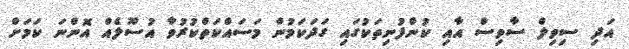
އަދި ސިވިލް ސާވިސް އާއި ކުންފުނިތަކުގައި ގަދަކަމުން މަސައްކަތްކުރުވާ އުސޫލެއް އޮންނަ ކަމަށް